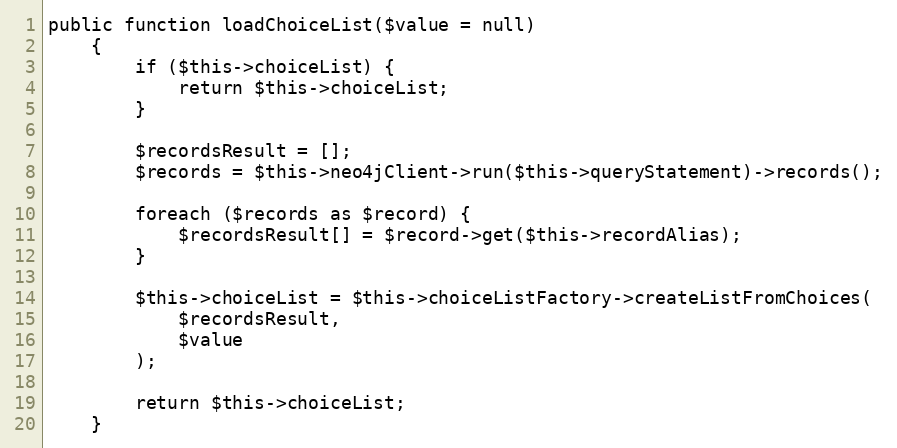
Language: PHP
public function loadChoiceList($value = null)
    {
        if ($this->choiceList) {
            return $this->choiceList;
        }

        $recordsResult = [];
        $records = $this->neo4jClient->run($this->queryStatement)->records();

        foreach ($records as $record) {
            $recordsResult[] = $record->get($this->recordAlias);
        }

        $this->choiceList = $this->choiceListFactory->createListFromChoices(
            $recordsResult,
            $value
        );

        return $this->choiceList;
    }